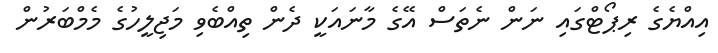
އިއްޔެގެ ރިޕޯޓްގައި ނަން ނެތަސް އޭގެ މާނައަކީ ދެން ތިއްބެވި މަޖިލީހުގެ މެމްބަރުން